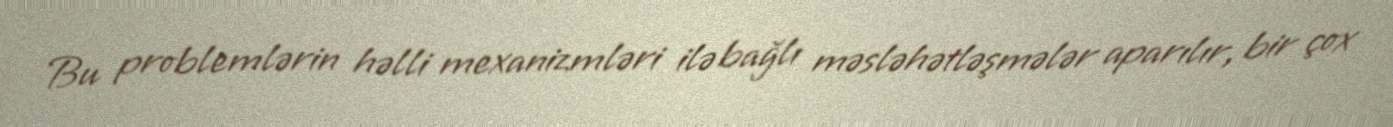
Bu problemlərin həlli mexanizmləri ilə bağlı məsləhətləşmələr aparılır, bir çox